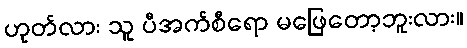
ဟုတ်လား သူ ပီအက်စီရော မဖြေတော့ဘူးလား။